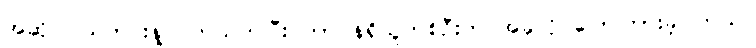
အဆိုပါ သတင်းနဲ့ ပတ်သက်ပြီး တာဝန်ရှိသူတစ်ဦးက အခုလိုပဲပြောကြားခဲ့ပါတယ်။